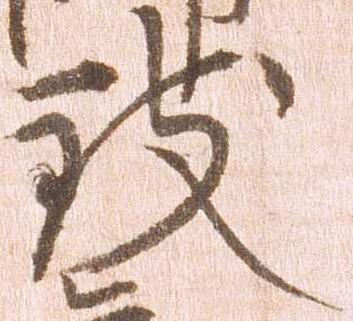
致